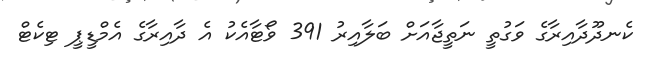
ކެނދޫދާއިރާގެ ވަގުތީ ނަތީޖާއަށް ބަލާއިރު 391 ވޯޓާއެކު އެ ދާއިރާގެ އެމްޑީޕީ ޓިކެޓް